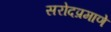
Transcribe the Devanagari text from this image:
सरोदप्रमाणे